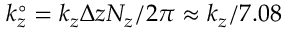
k _ { z } ^ { \circ } = k _ { z } \Delta z N _ { z } / 2 \pi \approx k _ { z } / 7 . 0 8